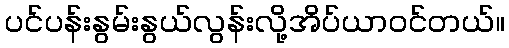
ပင်ပန်းနွမ်းနွယ်လွန်းလို့အိပ်ယာဝင်တယ်။